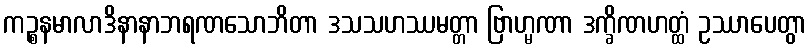
ကဉ္စနမာလာဒိနာနာဘရဏသောဘိတာ ဒသသဟဿမတ္တာ ဗြာဟ္မဏာ ဒက္ခိဏဟတ္ထံ ဥဿာပေတွာ